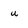
Character: u